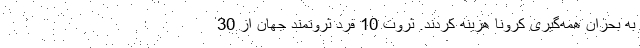
به بحران همه‌گیری کرونا هزینه کردند. ثروت 10 فرد ثروتمند جهان از 30